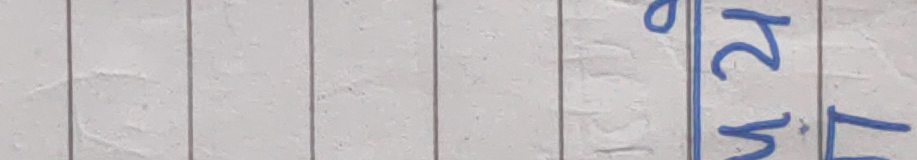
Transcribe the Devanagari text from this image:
५ २१ 45